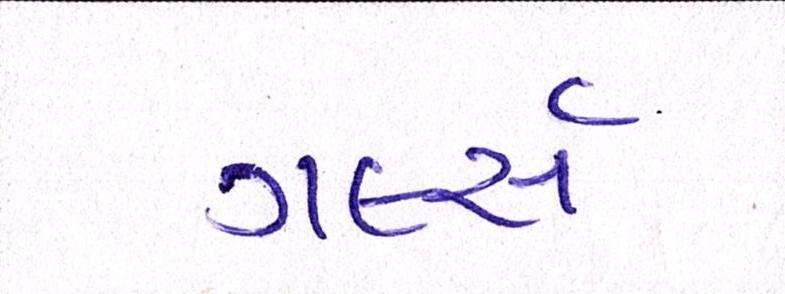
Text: ગર્લ્સ